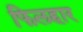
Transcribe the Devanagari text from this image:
फिलहार